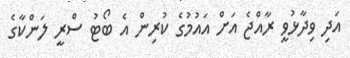
އަދި ވިދާޅުވީ ރާއްޖެ އަށް އައުމުގެ ކުރިން އެ ބޯޓު ސްރީ ލަންކާގެ